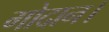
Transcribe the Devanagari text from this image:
गोदान।